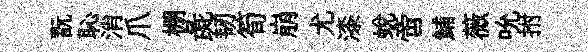
翫恥消爪棚彘韧筍崩尤漆蛻啻鯆薇吮拊